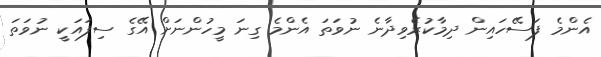
އެންމެ ފަސޭހައިން ދިމާކުރެވިދާނެ ނުވަތަ އެންމެ ގިނަ މީހުންނަށް އޭގެ ސިފައަކީ ނުވަތަ